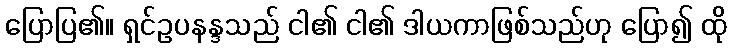
ပြောပြ၏။ ရှင်ဥပနန္ဒသည် ငါ၏ ငါ၏ ဒါယကာဖြစ်သည်ဟု ပြော၍ ထို